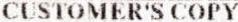
CUSTOMER'S COPY